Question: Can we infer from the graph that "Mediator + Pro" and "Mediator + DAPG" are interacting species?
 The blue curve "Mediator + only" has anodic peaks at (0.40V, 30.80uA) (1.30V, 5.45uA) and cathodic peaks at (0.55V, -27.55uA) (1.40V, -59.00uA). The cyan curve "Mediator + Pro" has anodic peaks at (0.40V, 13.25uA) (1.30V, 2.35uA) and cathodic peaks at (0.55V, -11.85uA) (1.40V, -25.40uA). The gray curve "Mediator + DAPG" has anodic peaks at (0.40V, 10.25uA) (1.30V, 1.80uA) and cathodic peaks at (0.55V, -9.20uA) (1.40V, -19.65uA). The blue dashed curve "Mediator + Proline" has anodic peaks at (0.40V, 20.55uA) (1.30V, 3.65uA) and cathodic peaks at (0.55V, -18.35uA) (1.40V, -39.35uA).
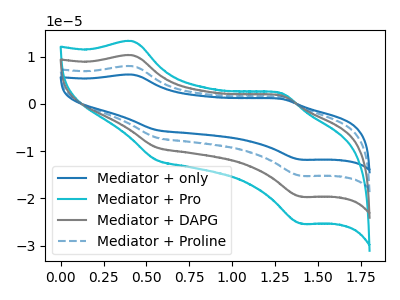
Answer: <think>All the peaks in "Mediator + Pro" have a peak in "Mediator + DAPG" at the same potential. Every peak in "Mediator + Pro" is higher than every peak in "Mediator + DAPG".
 </think>
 <answer>No, "Mediator + Pro" and "Mediator + DAPG" don't appear to be significantly different in shape</answer>
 <eval>no_change</eval>